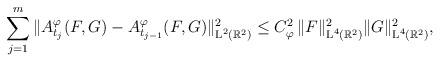
LaTeX: \begin{align*}\sum_{j=1}^{m} \| A_{t_j}^\varphi (F,G)-A_{t_{j-1}}^\varphi (F,G) \|_{\textup{L}^2(\mathbb{R}^2)}^2\leq C_\varphi^2 \,\|F\|_{\textup{L}^4(\mathbb{R}^2)}^2 \|G\|_{\textup{L}^4(\mathbb{R}^2)}^2,\end{align*}